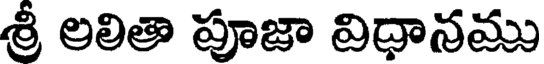
శ్రీ లలితా పూజా విధానము